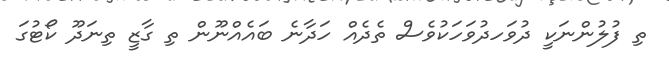
ތި ފުލުުންނަކީ ދުވަހދުވަހަކުވެސް ތެދެއް ހަދާނެ ބައެއްނޫން ތި ގާޒީ ތިނަދޫ ކޯޓުގަ